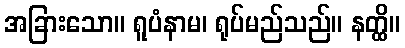
အခြားသော။ ရူပံနာမ၊ ရုပ်မည်သည်။ နတ္ထိ။